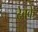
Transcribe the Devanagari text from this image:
देवके